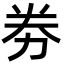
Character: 劵